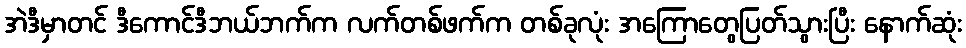
အဲဒီမှာတင် ဒီကောင်ဒီဘယ်ဘက်က လက်တစ်ဖက်က တစ်ခုလုံး အကြောတွေပြတ်သွားပြီး နောက်ဆုံး